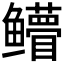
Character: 𱈛